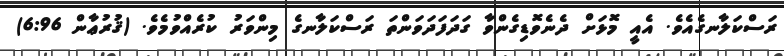
ރަސްކަލާނގެއެވެ. އެއީ މޮޅަށް ދެނެވޮޑިގެންވާ ގަދަފަދަވަންތަ ރަސްކަލާނގެ މިންވަރު ކުރެއްވުމެވެ. (ޤުރުޢާން 6:96)